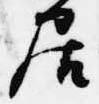
居